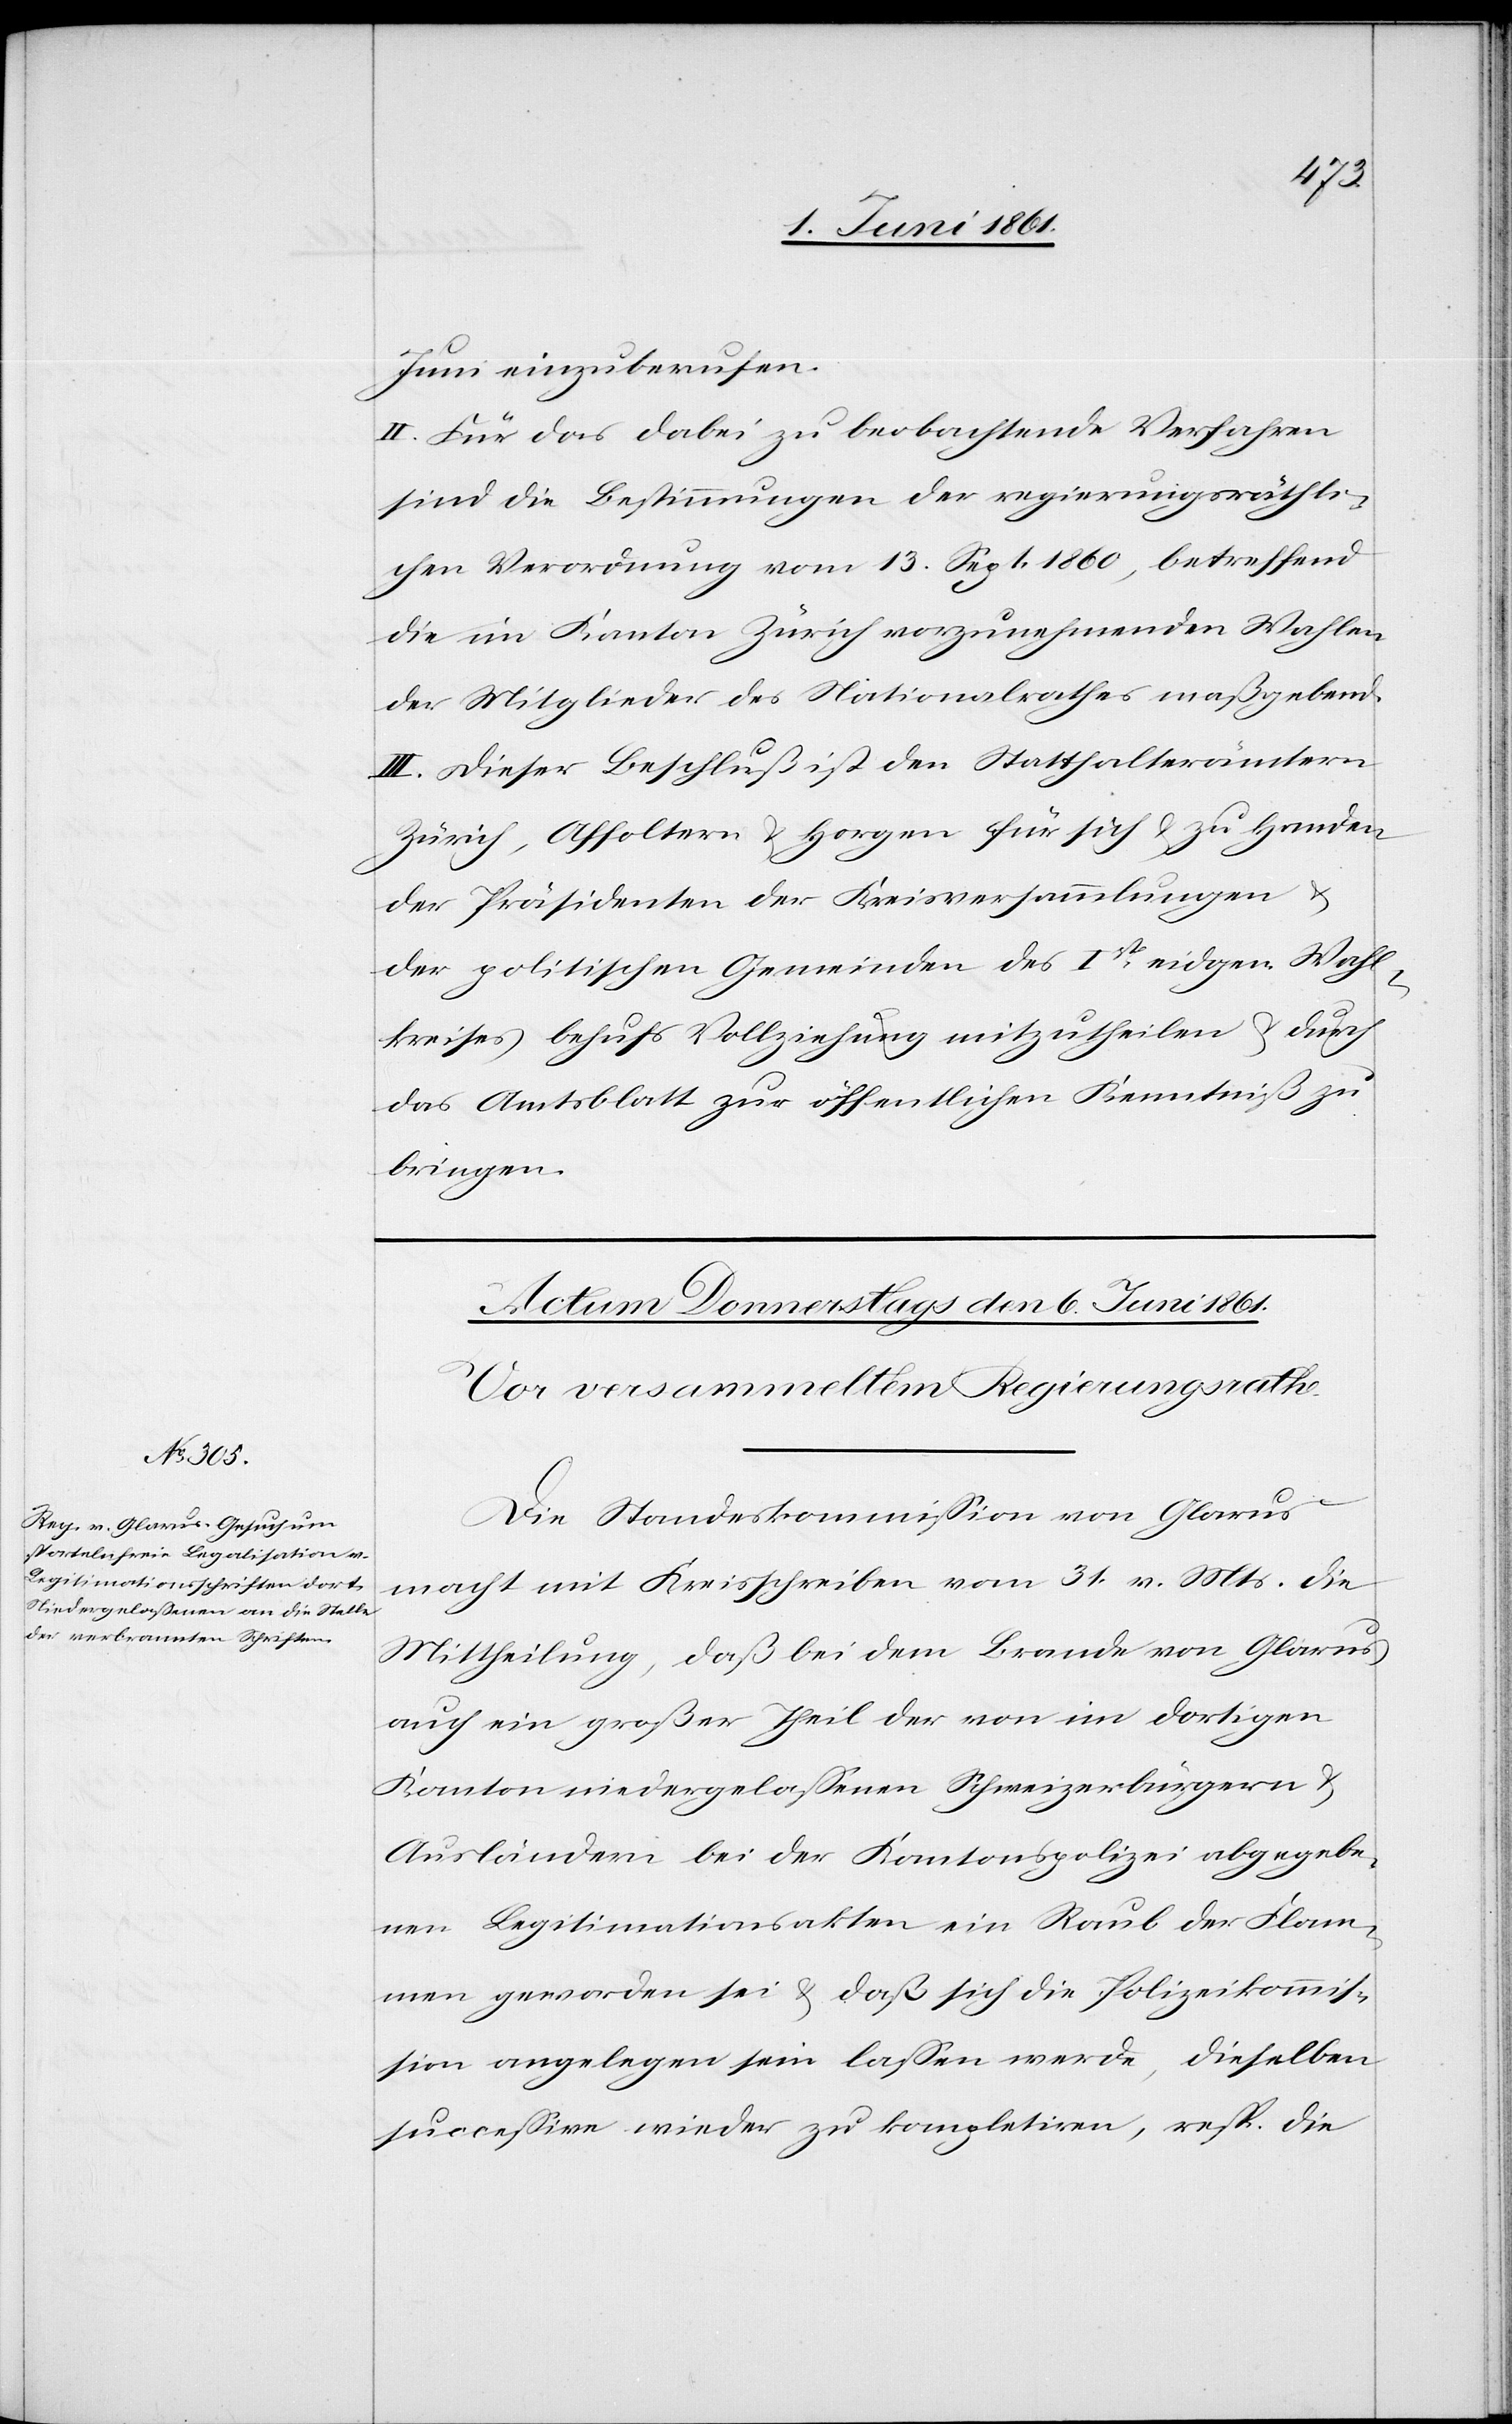
Juni einzuberufen.
II. Für das dabei zu beobachtende Verfahren
sind die Bestimmungen der regierungsräthli¬
chen Verordnung vom 13. Sept. 1860, betreffend
die im Kanton Zürich vorzunehmenden Wahlen
der Mitglieder des Nationalrathes maßgebend.
III. Dieser Beschluß ist den Statthalterämtern
Zürich, Affoltern u. Horgen für sich u. zu Handen
der Präsidenten der Kreisversammlungen u.
der politischen Gemeinden des Ist[en] eidgen. Wahl¬
kreises behufs Vollziehung mitzutheilen u. durch
das Amtsblatt zur öffentlichen Kenntniß zu
bringen.
Die Standeskommission von Glarus
macht mit Kreisschreiben vom 31. v. Mts. die
Mittheilung, daß bei dem Brande von Glarus
auch ein großer Theil der von im dortigen
Kanton niedergelassenen Schweizerbürgern u.
Ausländern bei der Kantonspolizei abgegebe¬
nen Legitimationsakten ein Raub der Flam¬
men geworden sei u. daß sich die Polizeikommis¬
sion angelegen sein lassen werde, dieselben
successive wieder zu kompletiren, resp. die